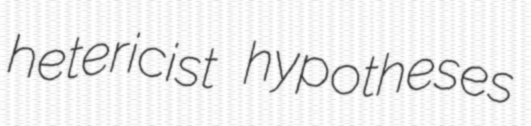
hetericist hypotheses